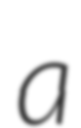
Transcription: a